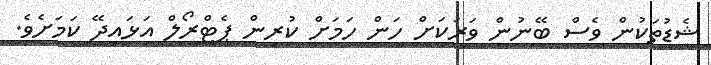
ޝެޑުތަކުން ވެސް ބޭނުން ވަރަކަށް ހަން ހަމަށް ކުރިން ޕެޓްރޯލް އަޅައިދޭ ކަމަށެވެ.